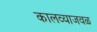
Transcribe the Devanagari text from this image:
कालव्याजवळ